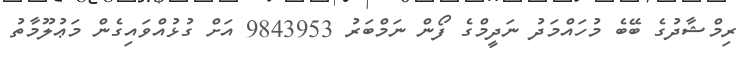
ރިމްޝާދުގެ ބޭބެ މުހައްމަދު ނަދީމްގެ ފޯން ނަމްބަރު 9843953 އަށް ގުޅުއްވައިގެން މަޢުލޫމާތު